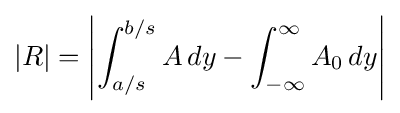
\left|R\right|=\left|\int _{a/s}^{b/s}A\,dy-\int _{-\infty }^{\infty }A_{0}\,dy\right|